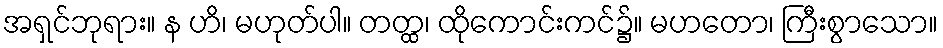
အရှင်ဘုရား။ န ဟိ၊ မဟုတ်ပါ။ တတ္ထ၊ ထိုကောင်းကင်၌။ မဟတော၊ ကြီးစွာသော။